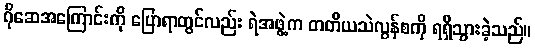
ဂိုဆေအကြောင်းကို ပြောရာတွင်လည်း ရဲအဖွဲ့က တတိယသဲလွန်စကို ရရှိသွားခဲ့သည်။